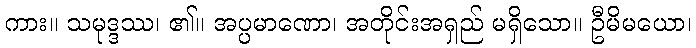
ကား။ သမုဒ္ဒဿ၊ ၏။ အပ္ပမာဏော၊ အတိုင်းအရှည် မရှိသော။ ဦမိမယော၊